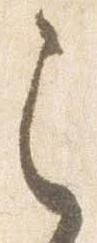
之